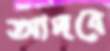
আদবে